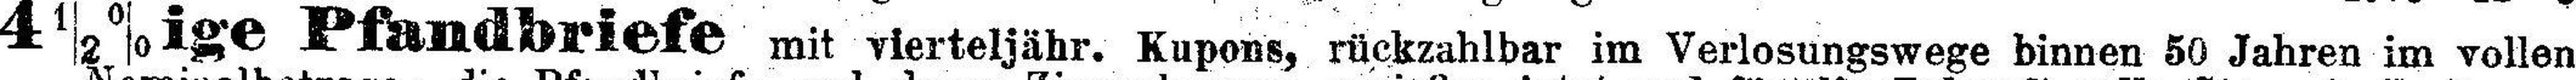
4½%ige Pfandbriefe mit vierteljähr. Kupons, rückzahlbar im Verlosungswege binnen 50 Jahren im vollen